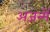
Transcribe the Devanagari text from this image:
अजन्में